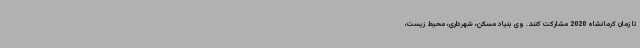
تا زمان کرمانشاه 2020 مشارکت کنند. وی بنیاد مسکن، شهرداری، محیط زیست،